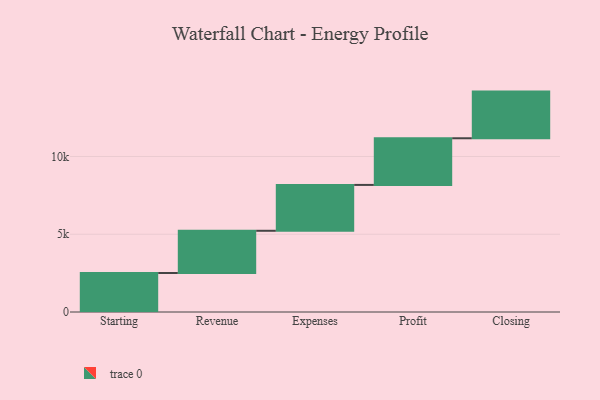
{"axis": {"x": "Step", "y": "Value"}, "legend": [""], "data": [{"x": "Starting", "y": 2509.0, "type": ""}, {"x": "Revenue", "y": 2713.0, "type": ""}, {"x": "Expenses", "y": 2949.0, "type": ""}, {"x": "Profit", "y": 3000, "type": ""}, {"x": "Closing", "y": 3000, "type": ""}]}